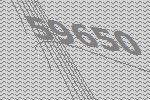
59650